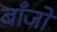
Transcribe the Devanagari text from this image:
बाँजों